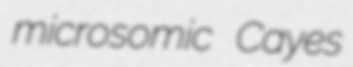
microsomic Cayes